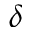
\delta